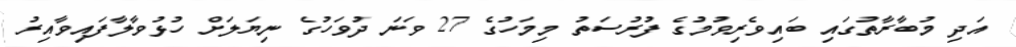
އަދި މުބާރާތުގައި ބައިވެރިވުމުގެ ފުރުސަތު މިމަހުގެ 27 ވަނަ ދުވަހުގެ ނިޔަލަށް ހުޅުވާލާފައިވާއިރު